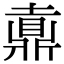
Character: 𪔄